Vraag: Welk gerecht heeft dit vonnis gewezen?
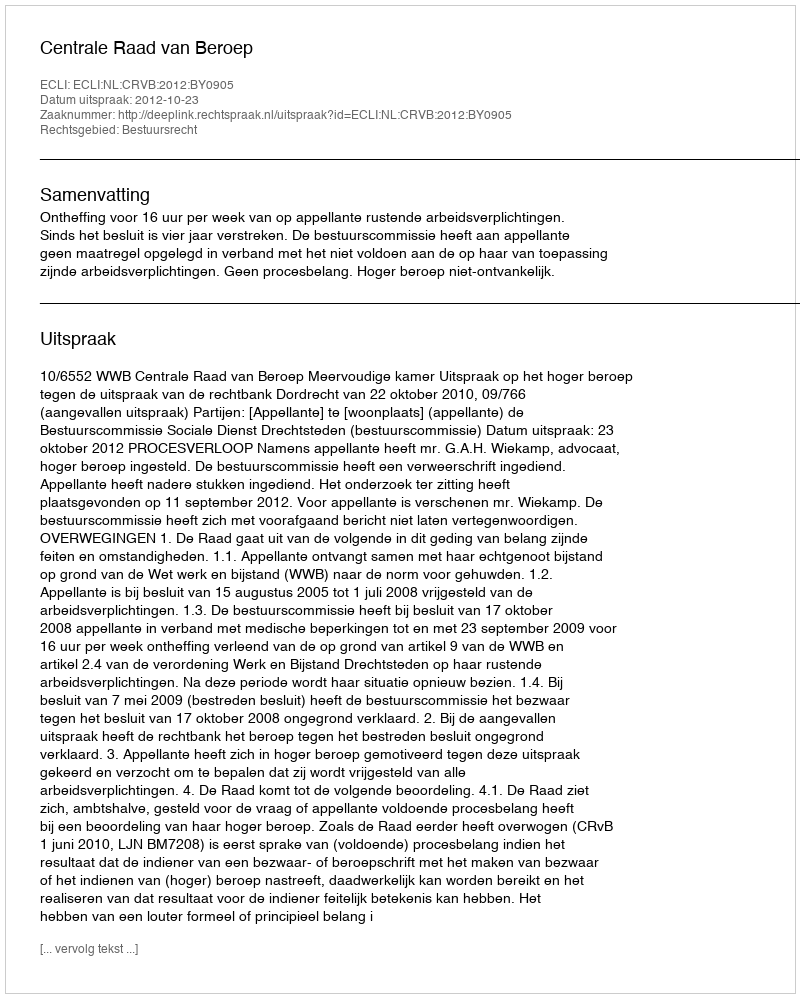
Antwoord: Centrale Raad van Beroep